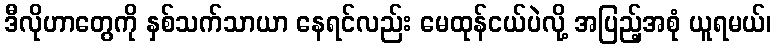
ဒီလိုဟာတွေကို နှစ်သက်သာယာ နေရင်လည်း မေထုန်ငယ်ပဲလို့ အပြည့်အစုံ ယူရမယ်၊